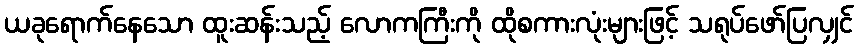
ယခုရောက်နေသော ထူးဆန်းသည့် လောကကြီးကို ထိုစကားလုံးများဖြင့် သရုပ်ဖော်ပြလျှင်